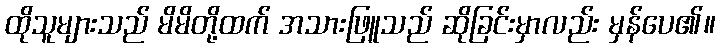
ထိုသူများသည် မိမိတို့ထက် အသားဖြူသည် ဆိုခြင်းမှာလည်း မှန်ပေ၏။